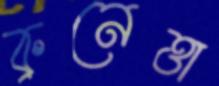
ব্রুনেত্তা